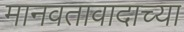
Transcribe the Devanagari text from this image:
मानवतावादाच्या